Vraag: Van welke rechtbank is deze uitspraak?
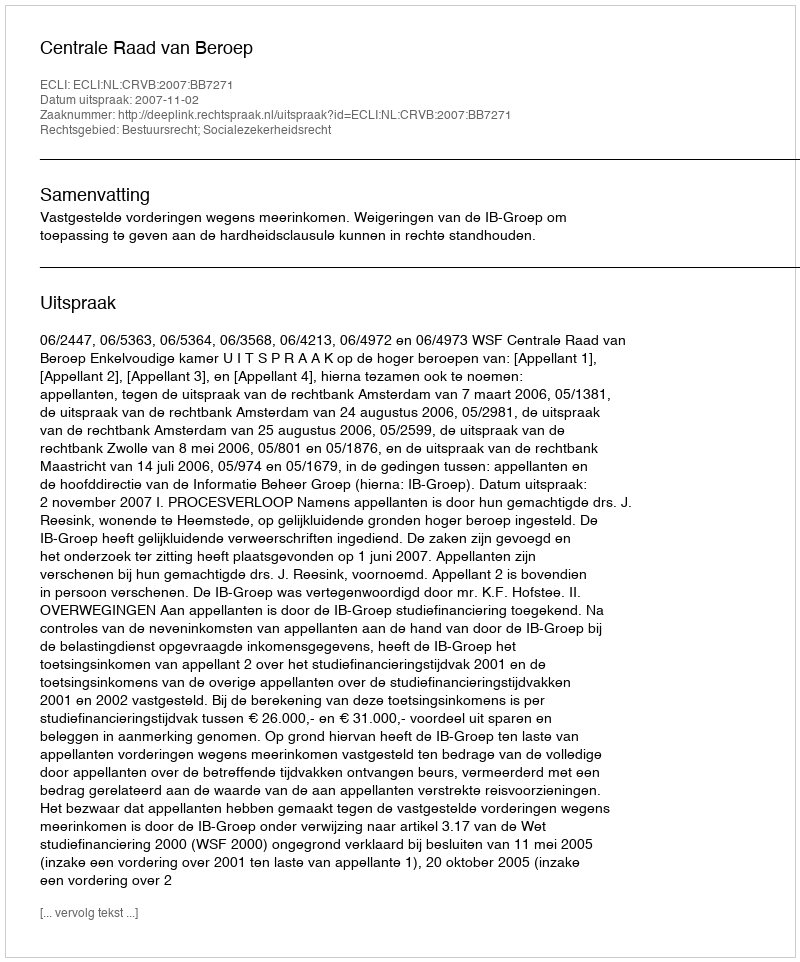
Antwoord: Centrale Raad van Beroep